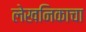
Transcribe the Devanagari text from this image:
लेखनिकाचा